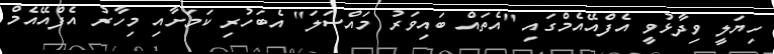
ހިޔަލީ ވިދާޅުވީ އެފްއޭއެމްގައި "އެތައް ބައިވަރު މައްސަލަ" އެބަހުރި ކަމަށާއި މިހާރު އެފްއޭއެމް